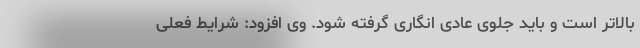
بالاتر است و باید جلوی عادی انگاری گرفته شود. وی افزود: شرایط فعلی